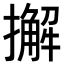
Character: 𢶷